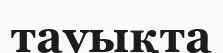
тауықта